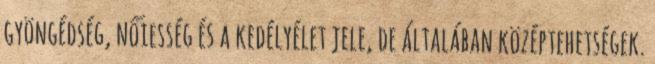
gyöngédség, nőiesség és a kedélyélet jele, de általában középtehetségek.